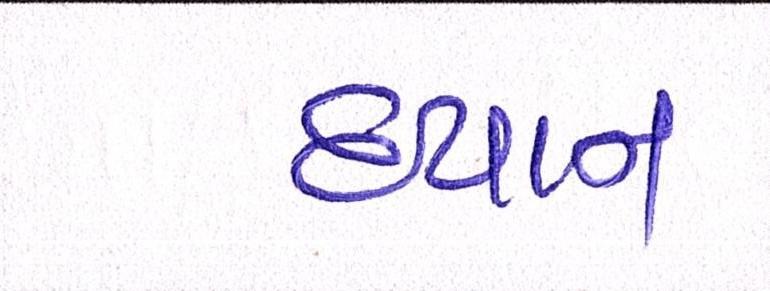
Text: ધ્યાન